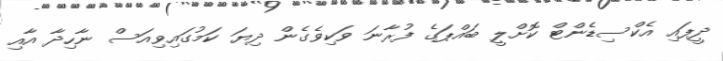
ދީފައި އެކްސިޑެންޓް ކޮށްލީ ބައްޕަގެ ފުރާނަ ވަކިވެގެން ދިޔަ ކަމުގައިވިއަސް ނާހިދާ އާއި